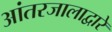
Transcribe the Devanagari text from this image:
आंतरजालाद्वारे